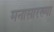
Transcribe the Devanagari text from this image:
मनासारख्या